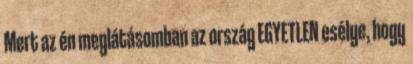
Mert az én meglátásomban az ország EGYETLEN esélye, hogy